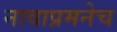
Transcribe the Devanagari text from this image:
नावाप्रमनेच